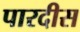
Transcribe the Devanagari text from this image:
पारदीस